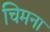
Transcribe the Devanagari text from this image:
चिमना